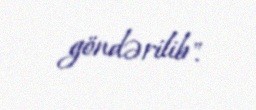
göndərilib".